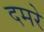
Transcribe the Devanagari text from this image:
दमरे